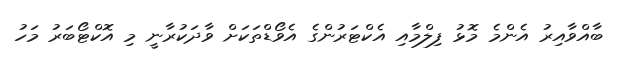
ބާއްވާއިރު އެންމެ މޮޅު ފިލްމާއި އެކްޓަރުންގެ އެވޯޑްތަކަށް ވާދަކުރާނީ މި އޮކްޓޯބަރު މަހު